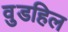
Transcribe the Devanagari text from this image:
वुडहिल